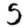
Digit: 5